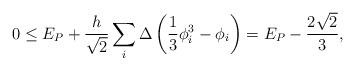
LaTeX: \begin{align*} 0 \leq E_{P} + \frac{h}{\sqrt{2}} \sum_{i} \Delta \left( \frac{1}{3}\phi_i^3 - \phi_i \right) = E_{P} - \frac{2\sqrt{2}}{3},\end{align*}